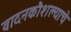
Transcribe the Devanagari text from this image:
वादनकौशल्याचे